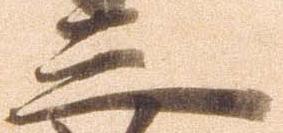
三